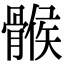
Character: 𩩵